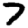
Digit: 7